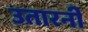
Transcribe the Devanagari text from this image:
उतारनी